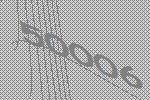
50006